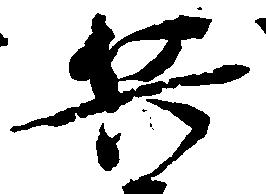
兵